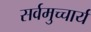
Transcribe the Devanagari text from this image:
सर्वमुच्चार्य